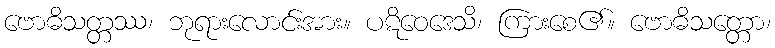
ဗောဓိသတ္တဿ၊ ဘုရားလောင်းအား။ ပဋိဝေဒေသိ၊ ကြားစေ၏။ ဗောဓိသတ္တော၊